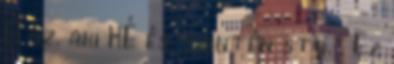
Ó az, aki KÉ és, szintén stb. . Ez